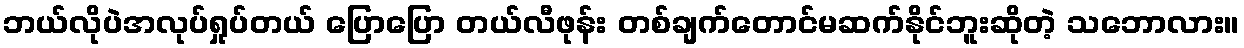
ဘယ်လိုပဲအလုပ်ရှုပ်တယ် ပြောပြော တယ်လီဖုန်း တစ်ချက်တောင်မဆက်နိုင်ဘူးဆိုတဲ့ သဘောလား။